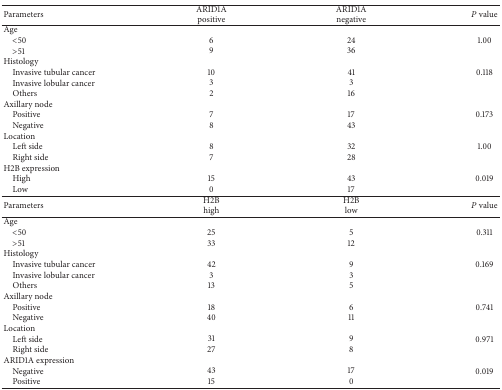
| Parameters | ARID1A positive | ARID1Anegative | P value |
 | --- | --- | --- | --- |
 | Age |  |  |  |
 | <50 | 6 | 24 | 1.00 |
 | >51 | 9 | 36 |  |
 | Histology |  |  |  |
 | Invasive tubular cancer | 10 | 41 | 0.118 |
 | Invasive lobular cancer | 3 | 3 |  |
 | Others | 2 | 16 |  |
 | Axillary node |  |  |  |
 | Positive | 7 | 17 | 0.173 |
 | Negative | 8 | 43 |  |
 | Location |  |  |  |
 | Left side | 8 | 32 | 1.00 |
 | Right side | 7 | 28 |  |
 | H2B expression |  |  |  |
 | High | 15 | 43 | 0.019 |
 | Low | 0 | 17 |  |
 | Parameters | H2B high | H2B low | P value |
 | Age |  |  |  |
 | <50 | 25 | 5 | 0.311 |
 | >51 | 33 | 12 |  |
 | Histology |  |  |  |
 | Invasive tubular cancer | 42 | 9 | 0.169 |
 | Invasive lobular cancer | 3 | 3 |  |
 | Others | 13 | 5 |  |
 | Axillary node |  |  |  |
 | Positive | 18 | 6 | 0.741 |
 | Negative | 40 | 11 |  |
 | Location |  |  |  |
 | Left side | 31 | 9 | 0.971 |
 | Right side | 27 | 8 |  |
 | ARID1A expression |  |  |  |
 | Negative | 43 | 17 | 0.019 |
 | Positive | 15 | 0 |  |